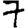
Digit: 7